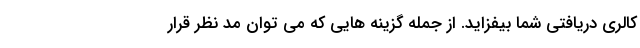
کالری دریافتی شما بیفزاید. از جمله گزینه هایی که می توان مد نظر قرار